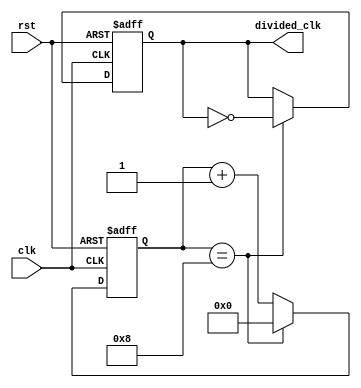
module ripple_counter(
    input clk,
    input rst,
    output reg divided_clk
);

reg [3:0] counter;

always @(posedge clk or posedge rst) begin
    if (rst) begin
        counter <= 4'b0000;
        divided_clk <= 1'b0;
    end else begin
        counter <= counter + 1;
        if (counter == 4'b1000) begin
            divided_clk <= ~divided_clk;
            counter <= 4'b0000;
        end
    end
end

endmodule